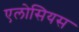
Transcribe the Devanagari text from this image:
एलोसियस